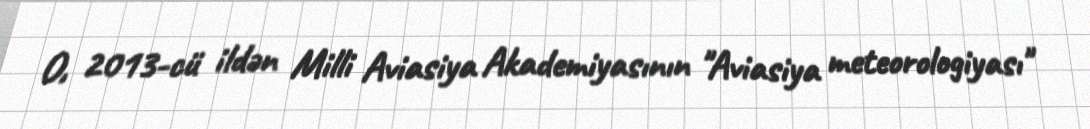
O, 2013-cü ildən Milli Aviasiya Akademiyasının "Aviasiya meteorologiyası"